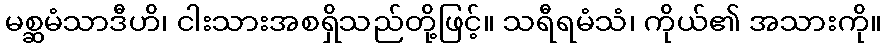
မစ္ဆမံသာဒီဟိ၊ ငါးသားအစရှိသည်တို့ဖြင့်။ သရီရမံသံ၊ ကိုယ်၏ အသားကို။